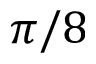
\pi / 8